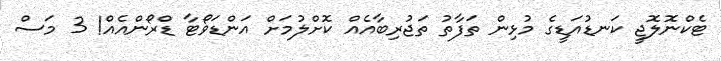
ޓެކްނޮލޮޖީ ކަނޑުއަޑީގެ މުޅިން ތަފާތު ތަޖުރިބާއެއް ކޮށްލުމަށް އަންޑަވޯޓާ ޑްރޯންއެއް! 3 މަސް